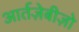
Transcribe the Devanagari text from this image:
आर्तज़ेबीज़ो